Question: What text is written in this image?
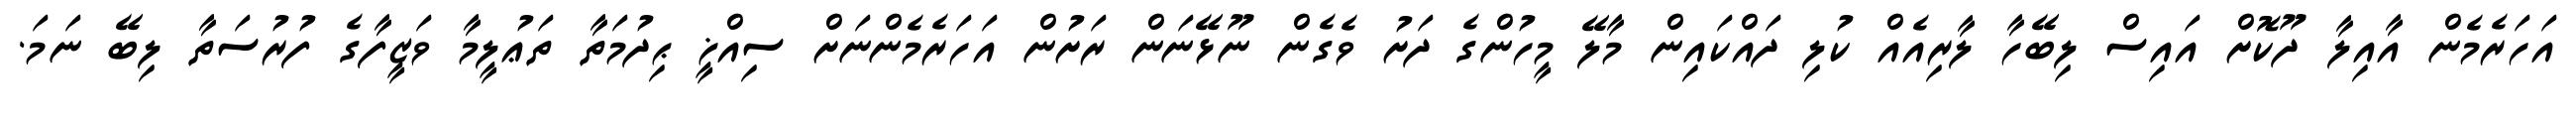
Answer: އަހަރެމެން އާއިލާ ދޫކޮށް އައިސް ލިބޭހާ ލާރިއެއް ކުލި ދައްކައިން މާލޭ މީހުންގެ ދަށު ވެގެން ނޫޅޭނަން ރަށުން އަހަރެމެންނަށް ސިއްޚީ ޙިދުމަތާ ތަޢުލީމާ ވަޒީފާގެ ފުރުސަތާ ލިބޭ ނަމަ.